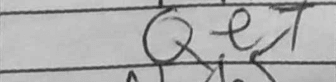
Transcription: Qe7